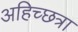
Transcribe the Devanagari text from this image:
अहिच्छत्रा